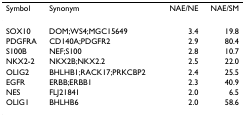
<table><thead><tr><td><b>Symbol</b></td><td><b>Synonym</b></td><td><b>NAE/NE</b></td><td><b>NAE/SM</b></td></tr></thead><tbody><tr><td>SOX10</td><td>DOM;WS4;MGC15649</td><td>3.4</td><td>19.8</td></tr><tr><td>PDGFRA</td><td>CD140A;PDGFR2</td><td>2.9</td><td>80.4</td></tr><tr><td>S100B</td><td>NEF;S100</td><td>2.8</td><td>10.7</td></tr><tr><td>NKX2-2</td><td>NKX2B;NKX2.2</td><td>2.5</td><td>22.0</td></tr><tr><td>OLIG2</td><td>BHLHB1;RACK17;PRKCBP2</td><td>2.4</td><td>25.5</td></tr><tr><td>EGFR</td><td>ERBB;ERBB1</td><td>2.3</td><td>40.9</td></tr><tr><td>NES</td><td>FLJ21841</td><td>2.0</td><td>6.5</td></tr><tr><td>OLIG1</td><td>BHLHB6</td><td>2.0</td><td>58.6</td></tr></tbody></table>